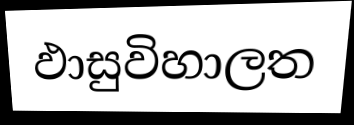
ඵාසුවිහාලත